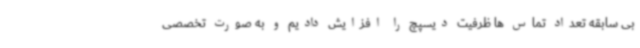
بی سابقه تعداد تماس ها ظرفیت دیسپچ را افزایش دادیم و به صورت تخصصی